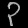
Digit: ၃